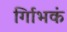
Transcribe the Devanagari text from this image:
र्गािभकं